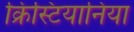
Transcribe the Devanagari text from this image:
क्रिस्टियानिया